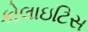
કોલાઇટિસ